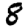
Digit: 8